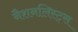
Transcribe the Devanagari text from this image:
नैशनलिस्ट्स